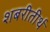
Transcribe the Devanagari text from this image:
शबरीतीर्थ